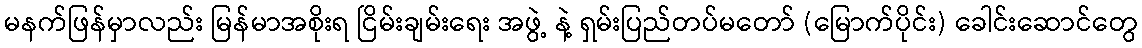
မနက်ဖြန်မှာလည်း မြန်မာအစိုးရ ငြိမ်းချမ်းရေး အဖွဲ့ နဲ့ ရှမ်းပြည်တပ်မတော် (မြောက်ပိုင်း) ခေါင်းဆောင်တွေ